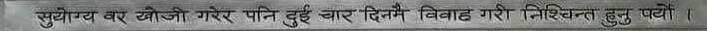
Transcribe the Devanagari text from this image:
सुयोग्य वर खोजी गरेर पनि दुई चार दिनमै विवाह गरी निश्चित्त हुनु पर्यो ।